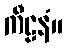
ကီဠနံ။